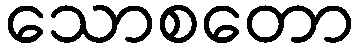
သောစတော